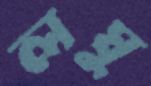
লঘু